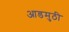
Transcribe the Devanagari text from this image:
आडमुठी